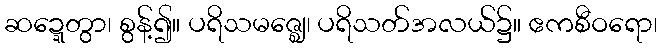
ဆဍ္ဍေတွာ၊ စွန့်၍။ ပရိသမဇ္ဈေ၊ ပရိသတ်အလယ်၌။ ဧကစီဝရော၊